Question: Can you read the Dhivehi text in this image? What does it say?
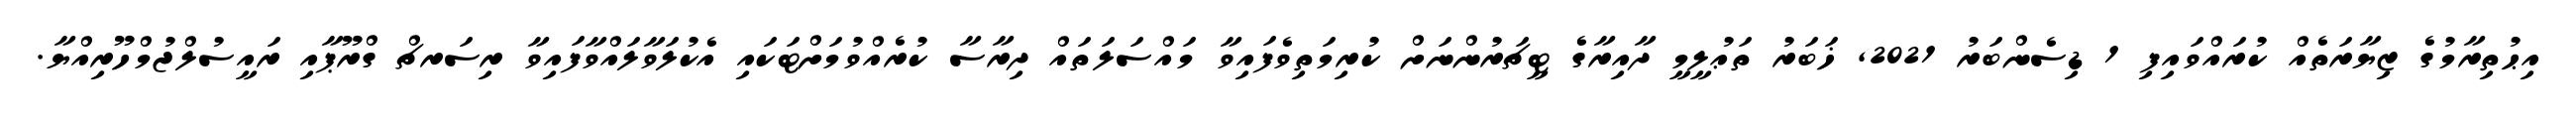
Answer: އިޙުތިރާމުގެ ޒިޔާރަތެއް ކުރައްވައިފި 1 ޑިސެންބަރު 2021, ޚަބަރު ތަޢުލީމީ ދާއިރާގެ ޓީޗަރުންނަށް ކުރިމަތިވެފައިވާ މައްސަލަތައް ދިރާސާ ކުރެއްވުމަށްޓަކައި އެކުލަވާލައްވާފައިވާ ރިސަރޗް ގްރޫޕާއި ރައީސުލްޖުމްހޫރިއްޔާ.